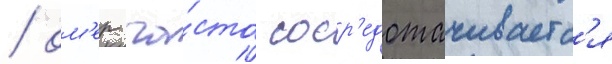
/ ом'ер ча́сто соср'едотачиваетс'я